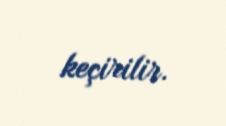
keçirilir.